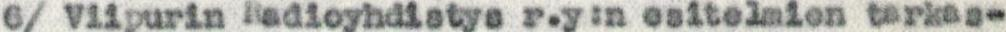
6/ Viipurin Radioyhdistys r.y:n esitelmien tarkas-